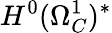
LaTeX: H^{0}(\Omega_{C}^{1})^{*}